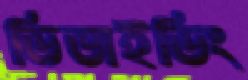
ডিভাইডিং